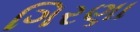
ગિરણા